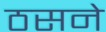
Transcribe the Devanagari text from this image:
ठसने